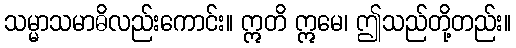
သမ္မာသမာဓိလည်းကောင်း။ ဣတိ ဣမေ၊ ဤသည်တို့တည်း။